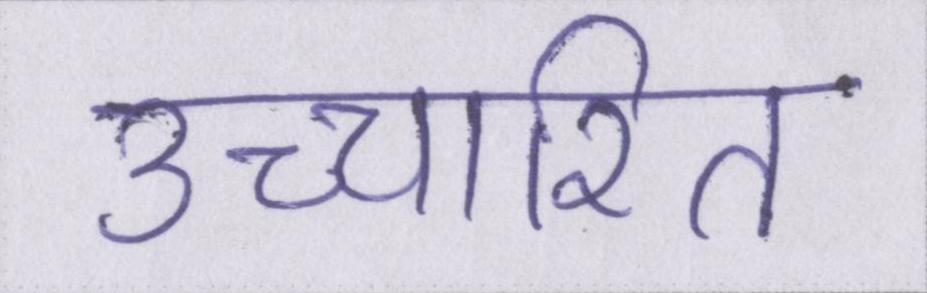
उच्चारित